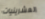
العشرينيات